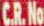
C.R.No